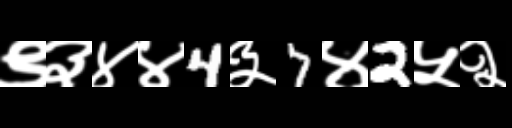
Text: ९३४४4३7४2५२